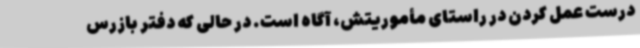
درست عمل کردن در راستای مأموریتش، آگاه است. در حالی که دفتر بازرس